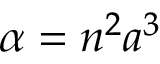
\alpha = n ^ { 2 } a ^ { 3 }